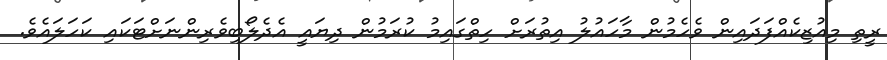
ރީތި މިއުޒިކެއްފަދައިން ވެހެމުން މާހައުލު އިތުރަށް ހިތްގައިމު ކުރަމުން ދިޔައީ އެދެލޯބިވެރިންނަށްޓަކައި ކަހަލައެވެ.